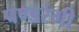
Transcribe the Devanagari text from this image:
पण्डरंगी